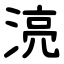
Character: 湸